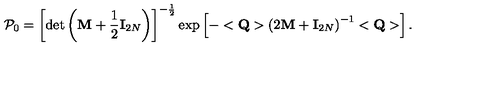
{ \cal P } _ { 0 } = \left[ \det \left( { \bf M } + \frac 1 2 { \bf I } _ { 2 N } \right) \right] ^ { - \frac 1 2 } \exp \left[ - < { \bf Q } > \left( 2 { \bf M } + { \bf I } _ { 2 N } \right) ^ { - 1 } < { \bf Q } > \right] .